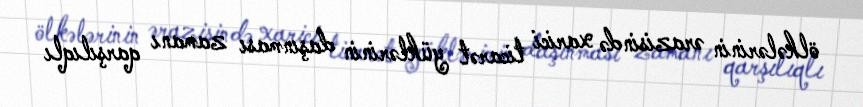
ölkələrinin ərazisində xarici ticarət yüklərinin daşınması zamanı qarşılıqlı